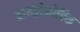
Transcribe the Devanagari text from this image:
हायड्रोफोबिक